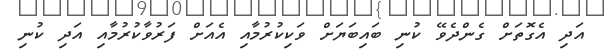
އަދި އެގޮތަށް ގެންދެވޭ ކުނި ބައިބަޔަށް ވަކިކުރުމާއި އެއަށް ފަރުވާކުރުމާއި އަދި ކުނި